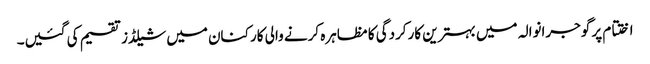
اختتام پر گوجرانوالہ میں بہترین کارکردگی کا مظاہرہ کرنے والی کارکنان میں شیلڈز تقسیم کی گئیں۔